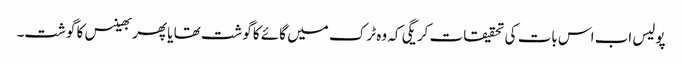
پولیس اب اس بات کی تحقیقات کریگی کہ وہ ٹرک میں گائے کاگوشت تھا یا پھر بھینس کا گوشت۔